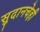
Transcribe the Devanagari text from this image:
सुदानचेही